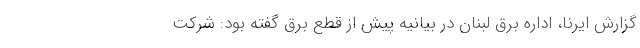
گزارش ایرنا، اداره برق لبنان در بیانیه پیش از قطع برق گفته بود: شرکت